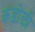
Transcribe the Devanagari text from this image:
कडोळी